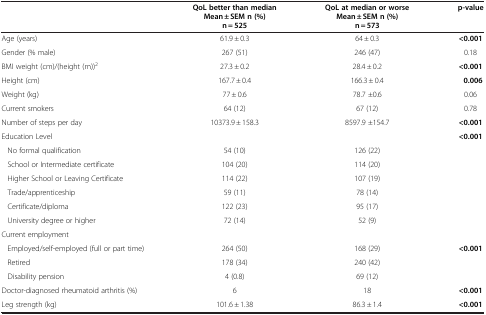
<table><thead><tr><td><b> </b></td><td><b>QoL better than median Mean ± SEM n (%) n = 525</b></td><td><b>QoL at median or worse Mean ± SEM n (%) n = 573</b></td><td><b>p-value</b></td></tr></thead><tbody><tr><td>Age (years)</td><td>61.9 ± 0.3</td><td>64 ± 0.3</td><td><b>&lt;0.001</b></td></tr><tr><td>Gender (% male)</td><td>267 (51)</td><td>246 (47)</td><td>0.18</td></tr><tr><td>BMI weight (cm)/(height (m))<sup>2</sup></td><td>27.3 ± 0.2</td><td>28.4 ± 0.2</td><td><b>&lt;0.001</b></td></tr><tr><td>Height (cm)</td><td>167.7 ± 0.4</td><td>166.3 ± 0.4</td><td><b>0.006</b></td></tr><tr><td>Weight (kg)</td><td>77 ± 0.6</td><td>78.7 ±0.6</td><td>0.06</td></tr><tr><td>Current smokers</td><td>64 (12)</td><td>67 (12)</td><td>0.78</td></tr><tr><td>Number of steps per day</td><td>10373.9 ± 158.3</td><td>8597.9 ±154.7</td><td><b>&lt;0.001</b></td></tr><tr><td>Education Level</td><td> </td><td> </td><td><b>&lt;0.001</b></td></tr><tr><td> No formal qualification</td><td>54 (10)</td><td>126 (22)</td><td> </td></tr><tr><td> School or Intermediate certificate</td><td>104 (20)</td><td>114 (20)</td><td> </td></tr><tr><td> Higher School or Leaving Certificate</td><td>114 (22)</td><td>107 (19)</td><td> </td></tr><tr><td> Trade/apprenticeship</td><td>59 (11)</td><td>78 (14)</td><td> </td></tr><tr><td> Certificate/diploma</td><td>122 (23)</td><td>95 (17)</td><td> </td></tr><tr><td> University degree or higher</td><td>72 (14)</td><td>52 (9)</td><td> </td></tr><tr><td>Current employment</td><td> </td><td> </td><td> </td></tr><tr><td> Employed/self-employed (full or part time)</td><td>264 (50)</td><td>168 (29)</td><td><b>&lt;0.001</b></td></tr><tr><td> Retired</td><td>178 (34)</td><td>240 (42)</td><td> </td></tr><tr><td> Disability pension</td><td>4 (0.8)</td><td>69 (12)</td><td> </td></tr><tr><td>Doctor-diagnosed rheumatoid arthritis (%)</td><td>6</td><td>18</td><td><b>&lt;0.001</b></td></tr><tr><td>Leg strength (kg)</td><td>101.6 ± 1.38</td><td>86.3 ± 1.4</td><td><b>&lt;0.001</b></td></tr></tbody></table>